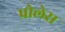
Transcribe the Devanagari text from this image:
प्रोलेस